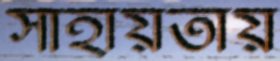
সাহায়তায়